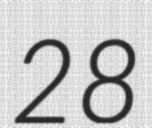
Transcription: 28